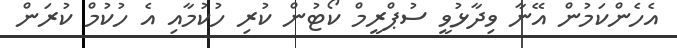
އެހެންކަމުން އޭނާ ވިދާޅުވީ ސުޕްރީމް ކޯޓުން ކުރި ހުކުމާއި އެ ހުކުމް ކުރަން